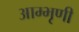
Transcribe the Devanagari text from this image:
आम्भृणी